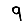
Digit: 9